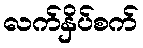
လက်နှိပ်စက်